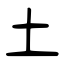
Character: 土